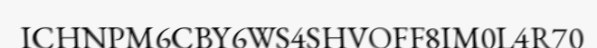
ICHNPM6CBY6WS4SHVOFF8IM0L4R70